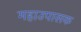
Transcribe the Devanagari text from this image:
महाउपासक